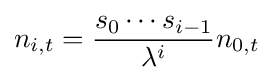
n_{i,t}={\frac {s_{0}\cdots s_{i-1}}{\lambda ^{i}}}n_{0,t}